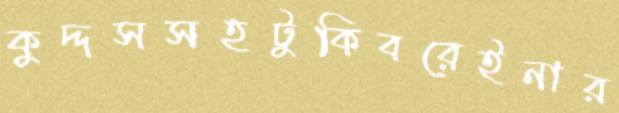
কুদ্দসসহটুকিবরেইনার